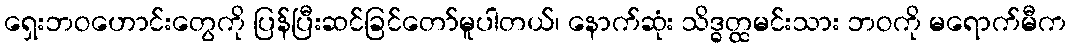
ရှေးဘဝဟောင်းတွေကို ပြန်ပြီးဆင်ခြင်တော်မူပါတယ်၊ နောက်ဆုံး သိဒ္ဓတ္ထမင်းသား ဘဝကို မရောက်မီက